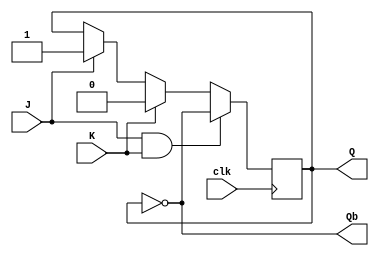
`timescale 1ns / 1ps

/*
Truth table of JK Flip Flop

  J K     CLK     Q   Q`  Remarks
  ================================
  0 0   RISING    Q   Q`  retain
  0 1   RISING    0   1   Reset
  1 0   RISING    1   0   Set
  1 1   RISING    Q'  Q   Toggle
  x x   FALLING   Q   Q`  retain

*/

module JKFF(
  input J,          // Set
  input K,          // Reset
  input clk,        // Clock
  output reg Q,     // Output of JK Flip Flop
  output Qb         // Complimented output of JK Flip Flop
);
  initial Q = 0;    // Initialize Q with 0
  assign Qb = ~Q;   // Assign Qb to always be compliment of Q.

  always @(posedge clk) begin
    if (J & K)
      Q <= ~Q;
    else begin
      if (J) Q <= 1'b1;
      if (K) Q <= 1'b0;
    end
  end
endmodule